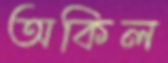
অকিল